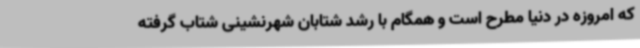
که امروزه در دنیا مطرح است و همگام با رشد شتابان شهرنشینی شتاب گرفته